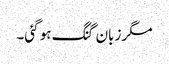
مگر زبان گنگ ہو گئی۔